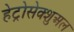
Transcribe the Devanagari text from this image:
हेट्रोसेक्शुअल